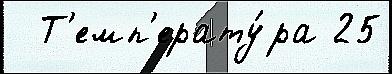
  Т'емп'ерату́ра 25